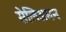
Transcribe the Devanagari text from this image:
सेलिअमन